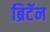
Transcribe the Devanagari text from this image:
ब्रिटॅन